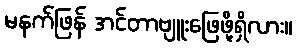
မနက်ဖြန် အင်တာဗျူးဖြေဖို့ရှိလား။